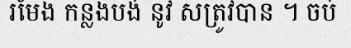
រមែង កន្លងបង់ នូវ សត្រូវបាន ។ ចប់